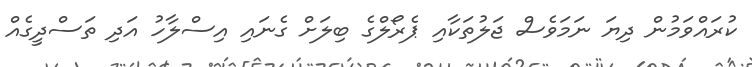
ކުރައްވަމުން ދިޔަ ނަމަވެސް ޖަލުތަކާއި ޕެރޯލްގެ ބިލަށް ގެނައި އިސްލާހު އަދި ތަސްދީގެއް